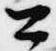
公